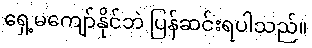
ရှေ့မကျော်နိုင်ဘဲ ပြန်ဆင်းရပါသည်။